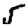
Digit: 5